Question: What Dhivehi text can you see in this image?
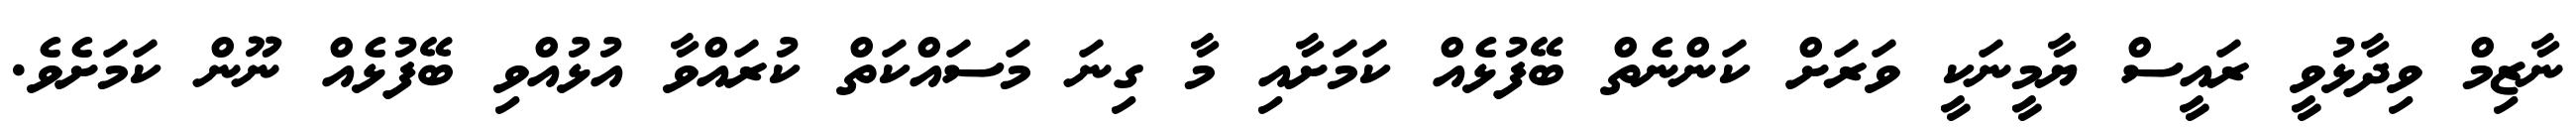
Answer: ނާޒިމް ވިދާޅުވީ ރައީސް ޔާމީނަކީ ވަރަށް ކަންނެތް ބޭފުޅެއް ކަމަށާއި މާ ގިނަ މަސައްކަތް ކުރައްވާ އުޅުއްވި ބޭފުޅެއް ނޫން ކަމަށެވެ.